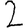
Digit: 2